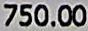
750.00